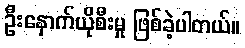
ဦးနှောက်ယိုစီးမှု ဖြစ်ခဲ့ပါတယ်။